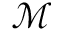
\mathcal { M }